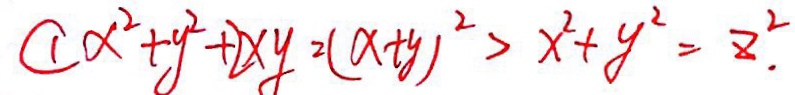
\textcircled { 1 } x ^ { 2 } + y ^ { 2 } + 2 x y = ( x + y ) ^ { 2 } > x ^ { 2 } + y ^ { 2 } = z ^ { 2 } .